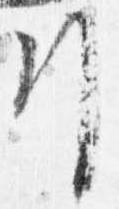
引